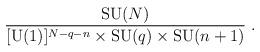
LaTeX: \begin{align*}{\mbox{SU}(N)\over [\mbox{U}(1)]^{N-q-n}\times \mbox{SU}(q)\times \mbox{SU}(n+1)}\;.\end{align*}